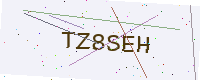
Text: TZ8SEH